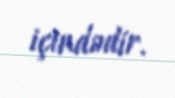
içindədir.